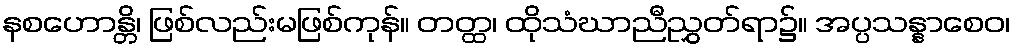
နစဟောန္တိ၊ ဖြစ်လည်းမဖြစ်ကုန်။ တတ္ထ၊ ထိုသံဃာညီညွှတ်ရာ၌။ အပ္ပသန္နာစေဝ၊